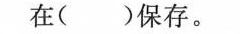
在()保存。